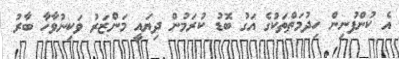
އެ ކުންފުނިން ހިދުމަތްތަކުގެ އަގު ބޮޑު ކުރަމުން ދިޔައީ މަންޒަރު ވަކިނުވާާހާ ބާރު